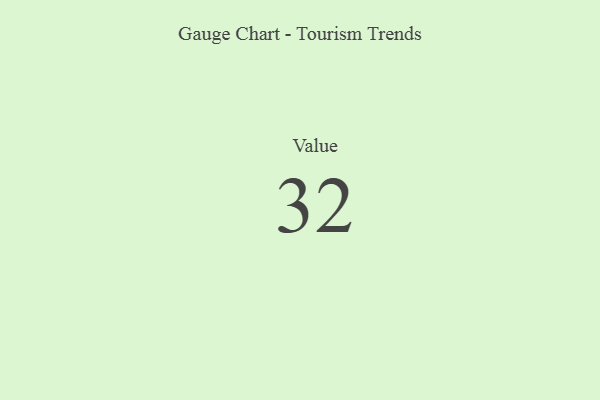
{"axis": {"x": "Metric", "y": "Value"}, "legend": [""], "data": [{"x": "Value", "y": 32, "type": ""}]}